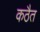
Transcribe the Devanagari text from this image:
कठैत